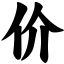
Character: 价